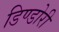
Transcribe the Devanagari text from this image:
डिण्डोरी